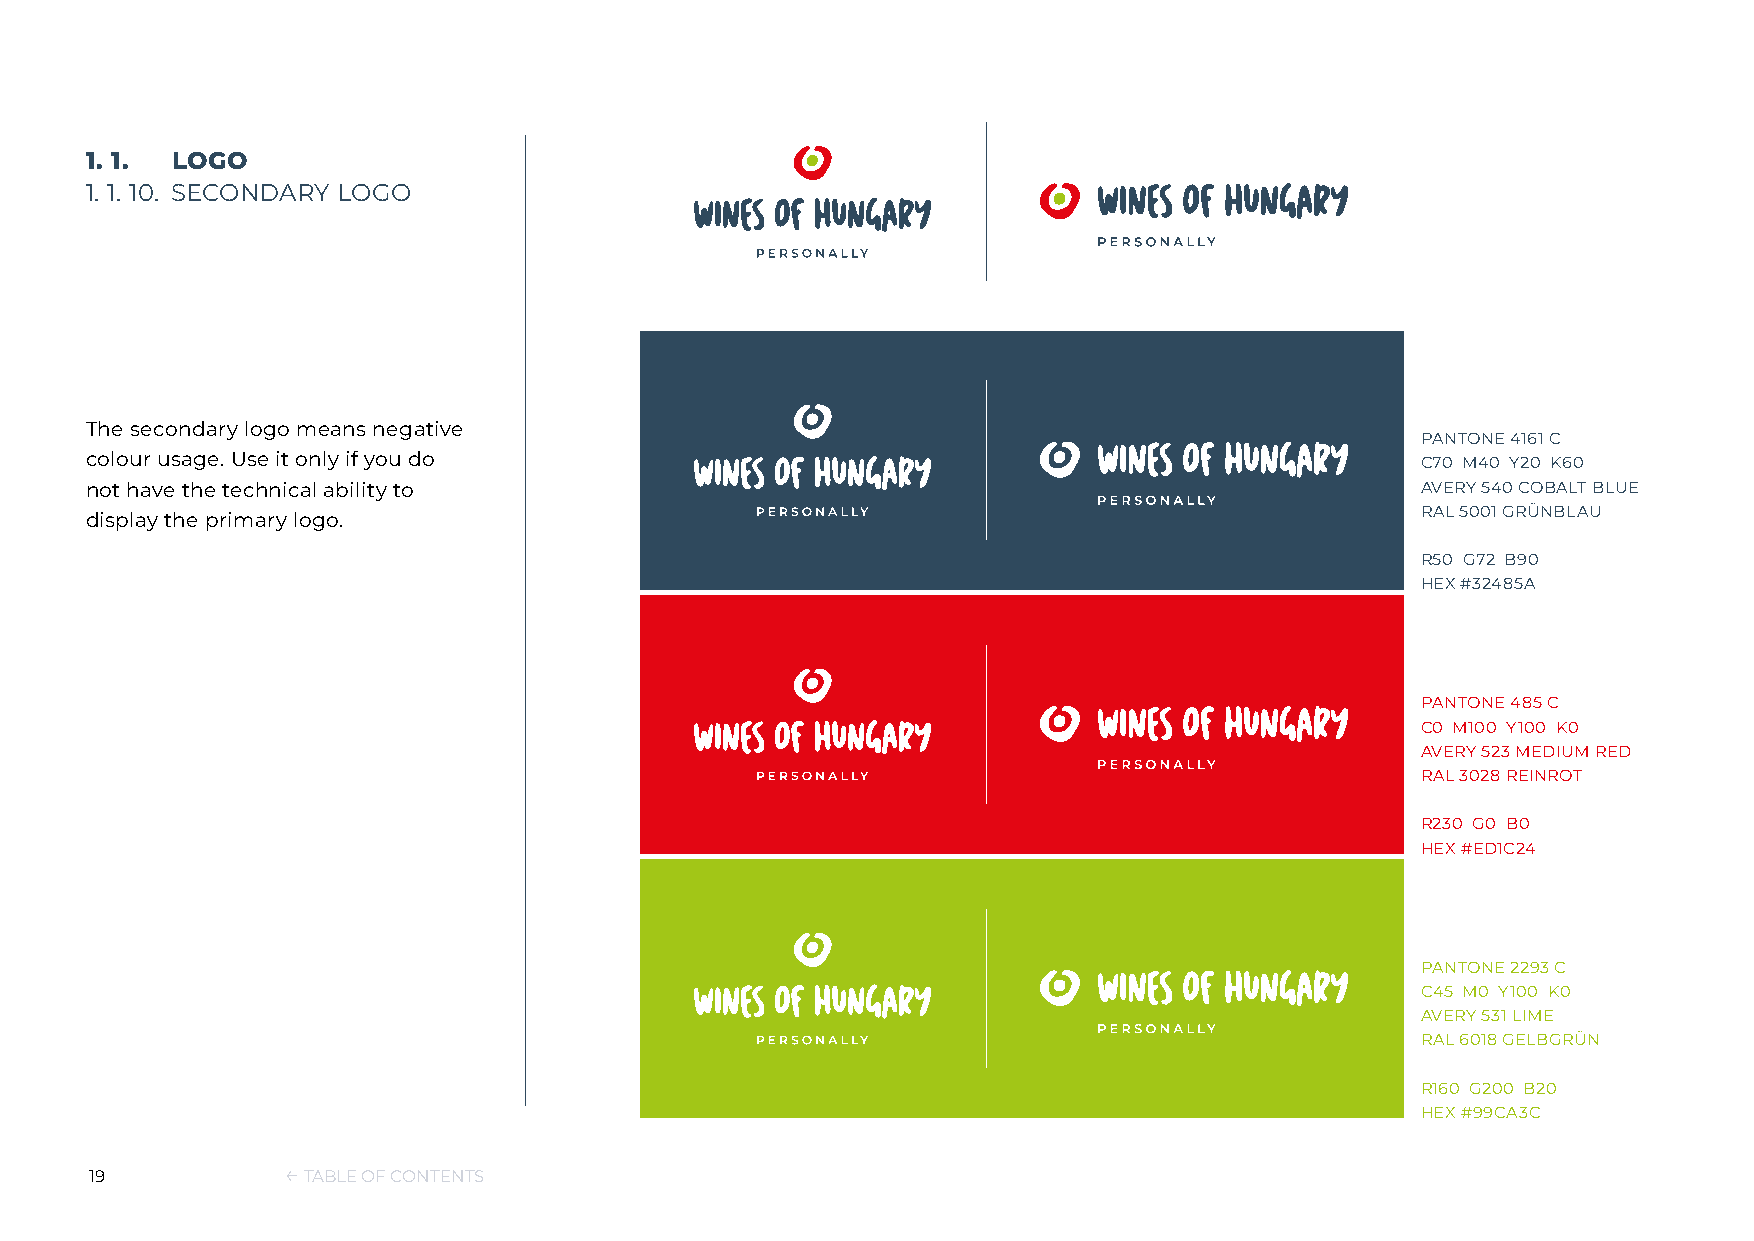
1. 1. LOGO
 1. 1. 10. SECONDARY LOGO
 The secondary logo means negative
 PANTONE 4161 C
 colour usage. Use it only if you do                                                     C70 M40 Y20 K60
 not have the technical ability to                                                       AVERY 540 COBALT BLUE
 RAL 5001 GRÜNBLAU
 display the primary logo.
 R50 G72 B90
 HEX #32485A
 PANTONE 485 C
 C0 M100 Y100 K0
 AVERY 523 MEDIUM RED
 RAL 3028 REINROT
 R230 G0 B0
 HEX #ED1C24
 PANTONE 2293 C
 C45 M0 Y100 K0
 AVERY 531 LIME
 RAL 6018 GELBGRÜN
 R160 G200 B20
 HEX #99CA3C
 19           ← TABLE OF CONTENTS